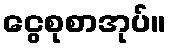
ငွေစုစာအုပ်။